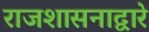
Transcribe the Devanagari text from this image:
राजशासनाद्वारे